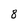
Character: 8